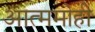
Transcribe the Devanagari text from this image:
आत्ममोही